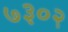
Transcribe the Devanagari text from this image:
७३०२